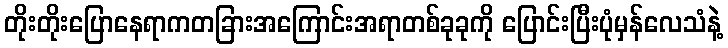
တိုးတိုးပြောနေရာကတခြားအကြောင်းအရာတစ်ခုခုကို ပြောင်းပြီးပုံမှန်လေသံနဲ့